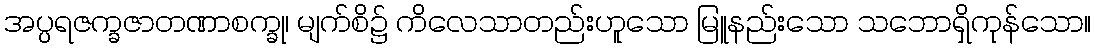
အပ္ပရဇက္ခဇာတဏာစက္ခု၊ မျက်စိ၌ ကိလေသာတည်းဟူသော မြူနည်းသော သဘောရှိကုန်သော။